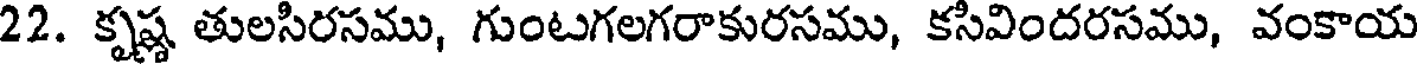
22. కృష్ణ తులసిరసము, గుంటగలగరాకురసము, కసివిందరసము, వంకాయ